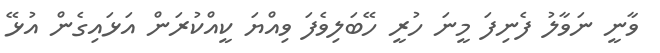
ވާނީ ނަވާލު ފެނިފަ މީނަ ހުރީ ހޭބަލިވެފަ ވިއްޔަ ކީއްކުރަން އަޅައިގެން އުޅޭ